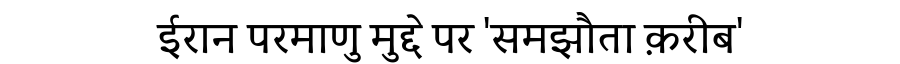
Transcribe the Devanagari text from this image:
ईरान परमाणु मुद्दे पर 'समझौता क़रीब'